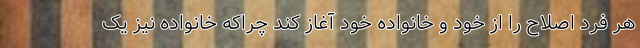
هر فرد اصلاح را از خود و خانواده خود آغاز کند چراکه خانواده نیز یک